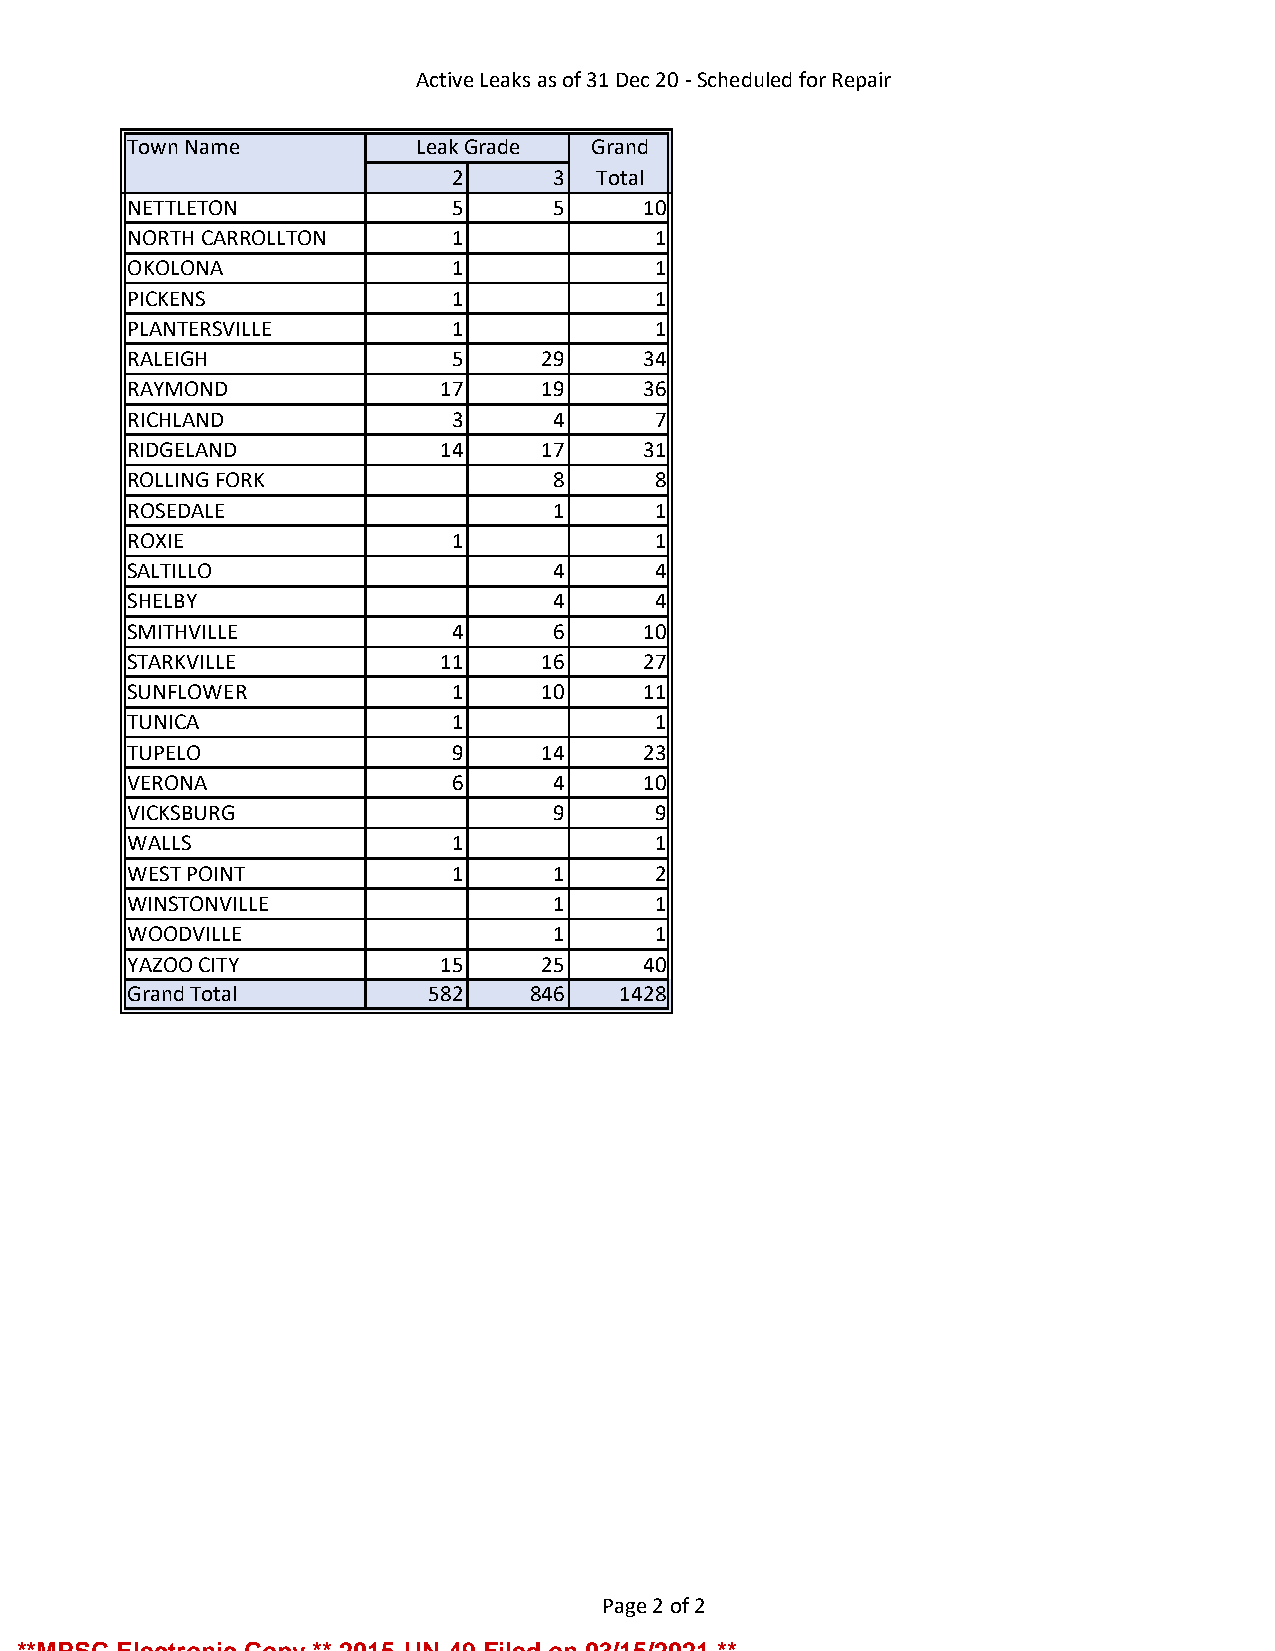
Active Leaks as of 31 Dec 20 - Scheduled for Repair
 Town Name          Leak Grade Grand
 2      3  Total
 NETTLETON            5      5     10
 NORTH CARROLLTON     1             1
 OKOLONA              1             1
 PICKENS              1             1
 PLANTERSVILLE        1             1
 RALEIGH              5     29     34
 RAYMOND             17     19     36
 RICHLAND             3      4      7
 RIDGELAND           14     17     31
 ROLLING FORK                8      8
 ROSEDALE                    1      1
 ROXIE                1             1
 SALTILLO                    4      4
 SHELBY                      4      4
 SMITHVILLE           4      6     10
 STARKVILLE          11     16     27
 SUNFLOWER            1     10     11
 TUNICA               1             1
 TUPELO               9     14     23
 VERONA               6      4     10
 VICKSBURG                   9      9
 WALLS                1             1
 WEST POINT           1      1      2
 WINSTONVILLE                1      1
 WOODVILLE                   1      1
 YAZOO CITY          15     25     40
 Grand Total         582   846   1428
 Page 2 of 2
 **MPSC Electronic Copy ** 2015-UN-49 Filed on 03/15/2021 **